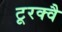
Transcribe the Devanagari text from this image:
टूरक्वै